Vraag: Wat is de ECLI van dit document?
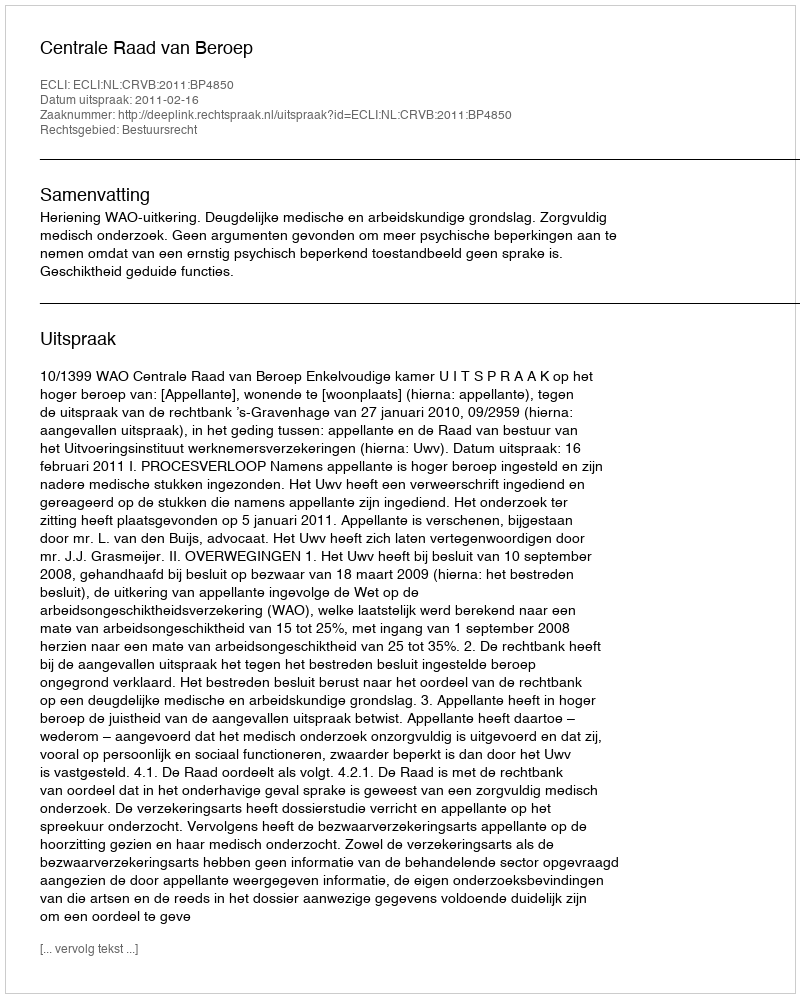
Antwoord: ECLI:NL:CRVB:2011:BP4850